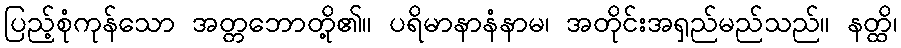
ပြည့်စုံကုန်သော အတ္တဘောတို့၏။ ပရိမာနာနံနာမ၊ အတိုင်းအရှည်မည်သည်။ နတ္ထိ၊